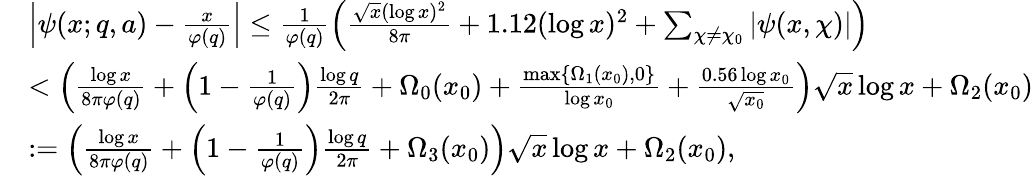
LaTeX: \begin{array}{rl}&{\left|\psi(x;q,a)-\frac{x}{\varphi(q)}\right|\leq\frac{1}{\varphi(q)}\left(\frac{\sqrt{x}(\log{x})^{2}}{8\pi}+1.12(\log{x})^{2}+\sum_{\chi\neq\chi_{0}}|\psi(x,\chi)|\right)}\\ &{<\left(\frac{\log{x}}{8\pi\varphi(q)}+\left(1-\frac{1}{\varphi(q)}\right)\frac{\log{q}}{2\pi}+\Omega_{0}(x_{0})+\frac{\operatorname*{max}\{ \Omega_{1}(x_{0}),0\} }{\log{x_{0}}}+\frac{0.56\log{x_{0}}}{\sqrt{x_{0}}}\right)\sqrt{x}\log{x}+\Omega_{2}(x_{0})}\\ &{:=\left(\frac{\log{x}}{8\pi\varphi(q)}+\left(1-\frac{1}{\varphi(q)}\right)\frac{\log{q}}{2\pi}+\Omega_{3}(x_{0})\right)\sqrt{x}\log{x}+\Omega_{2}(x_{0}),}\end{array}